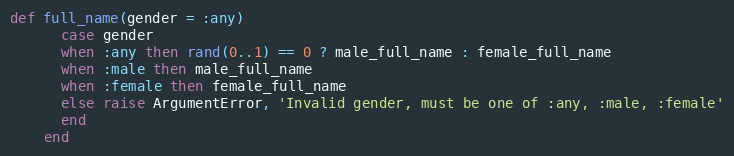
Language: Ruby
def full_name(gender = :any)
      case gender
      when :any then rand(0..1) == 0 ? male_full_name : female_full_name
      when :male then male_full_name
      when :female then female_full_name
      else raise ArgumentError, 'Invalid gender, must be one of :any, :male, :female'
      end
    end